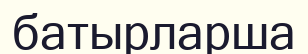
батырларша